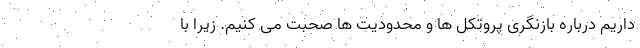
داریم درباره بازنگری پروتکل ها و محدودیت ها صحبت می کنیم. زیرا با